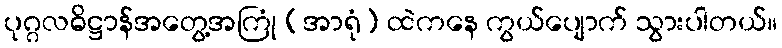
ပုဂ္ဂလဓိဋ္ဌာန်အတွေ့အကြုံ (အာရုံ) ထဲကနေ ကွယ်ပျောက် သွားပါတယ်။